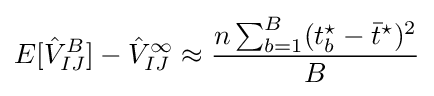
E[{\hat {V}}_{IJ}^{B}]-{\hat {V}}_{IJ}^{\infty }\approx {\frac {n\sum _{b=1}^{B}(t_{b}^{\star }-{\bar {t}}^{\star })^{2}}{B}}